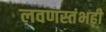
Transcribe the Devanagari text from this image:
लवणस्तंभही